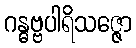
ဂန္ဓဗ္ဗပါရိသဇ္ဇော